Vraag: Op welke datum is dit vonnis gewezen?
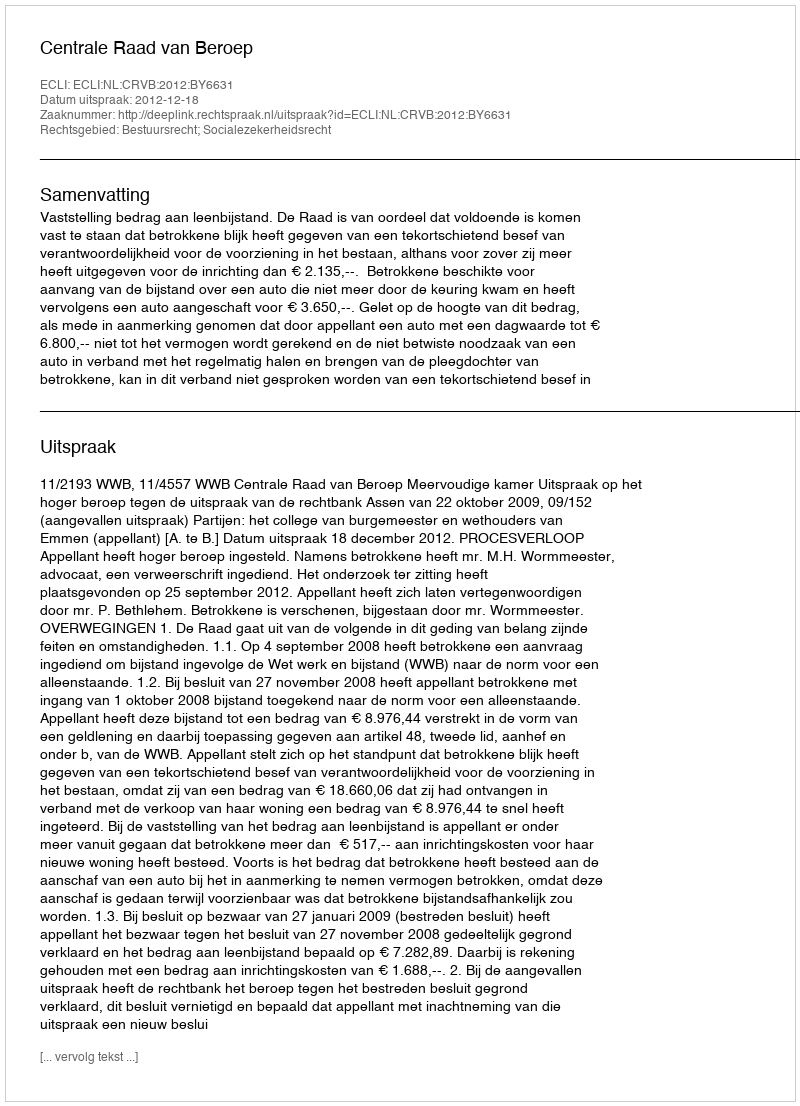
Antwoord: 2012-12-18